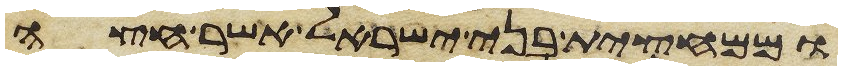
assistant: וממחצית בני ישראל אשר חצה